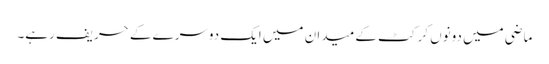
ماضی میں دونوں کرکٹ کے میدان میں ایک دوسرے کے حریف رہے۔